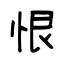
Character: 恨